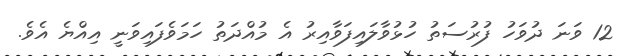
12 ވަނަ ދުވަހު ފުރުސަތު ހުޅުވާލައިފަވާއިރު އެ މުއްދަތު ހަމަވެފައިވަނީ އިއްޔެ އެވެ.